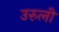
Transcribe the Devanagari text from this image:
उरुली